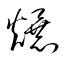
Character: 爆